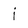
Character: j